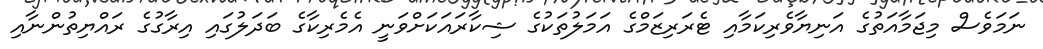
ނަމަވެސް މިޖަމާއަތުގެ އަނިޔާވެރިކަމާއި ޓެރަރިޒަމްގެ އަމަލުތަކުގެ ޝިކާރައަކަށްވަނީ އެމެރިކާގެ ބަދަލުގައި އިރާގުގެ ރައްޔިތުންނާއި